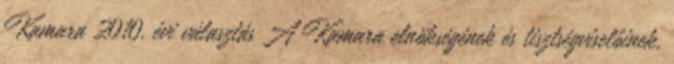
Kamara 2010. évi választás A Kamara elnökségének és tisztségviselőinek,